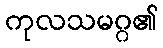
ကုလသမဂ္ဂ၏